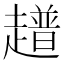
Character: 𧾃